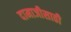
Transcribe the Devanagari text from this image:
दामाजीसाठी